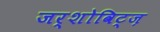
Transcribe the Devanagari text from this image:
जर्शोविट्ज़